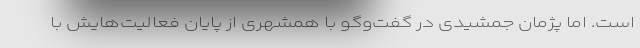
است. اما پژمان جمشیدی در گفت‌وگو با همشهری از پایان فعالیت‌هایش با